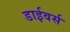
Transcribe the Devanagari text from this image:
डाईवर्स